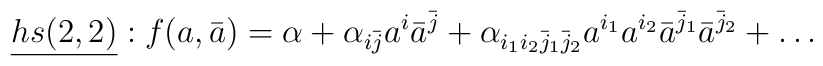
\underline{hs(2,2)}:f(a,\bar{a})=\alpha+\alpha_{i\bar{j}}a^i\bar{a}^{\bar{j}}+\alpha_{i_1i_2\bar{j}_1\bar{j}_2}a^{i_1}a^{i_2}\bar{a}^{\bar{j}_1}\bar{a}^{\bar{j}_2}+\ldots